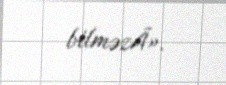
bilməzÂ».